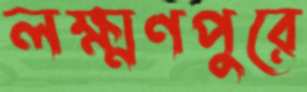
লক্ষ্মণপুরে